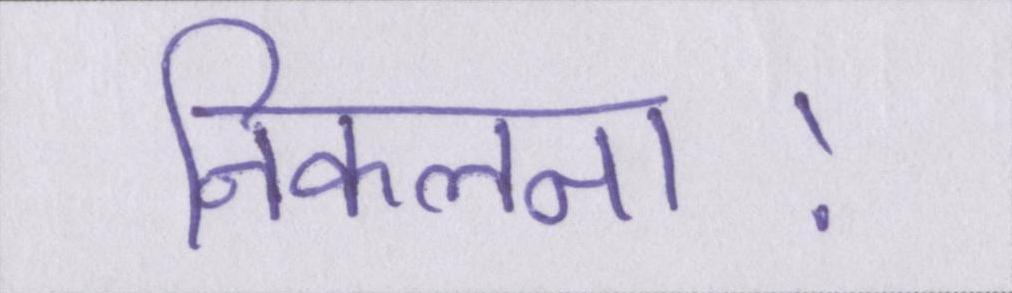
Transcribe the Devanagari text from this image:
निकलना।